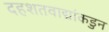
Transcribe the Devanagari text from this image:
दहशतवाद्यांकडुन